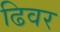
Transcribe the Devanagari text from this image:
ढिवर